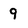
Character: 9